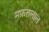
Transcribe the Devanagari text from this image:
मफ़तलाल